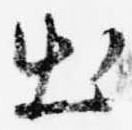
出